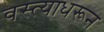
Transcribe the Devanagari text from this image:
वस्त्याधरून